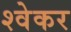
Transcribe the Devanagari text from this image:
श्वेकर